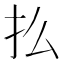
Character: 𢩻